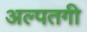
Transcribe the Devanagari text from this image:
अल्पतगी